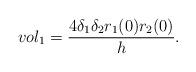
LaTeX: \begin{align*}vol_1=\frac{4 \delta_1 \delta_2 r_1 (0) r_2 (0)}{h}.\end{align*}